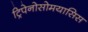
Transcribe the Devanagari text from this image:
ट्रिपेनोसोमयासिस